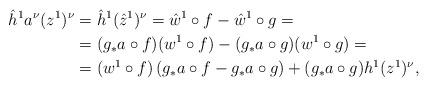
LaTeX: \begin{align*}\hat{h}^1 a^{\nu}(z^1)^{\nu} & =\hat{h}^1(\hat{z}^1)^{\nu}=\hat{w}^1\circ f-\hat{w}^1\circ g= \\ & =(g_* a\circ f)(w^1\circ f)-(g_* a\circ g)(w^1\circ g)= \\ & =(w^1\circ f)\left(g_* a\circ f-g_* a\circ g\right)+(g_* a\circ g)h^1(z^1)^{\nu},\end{align*}